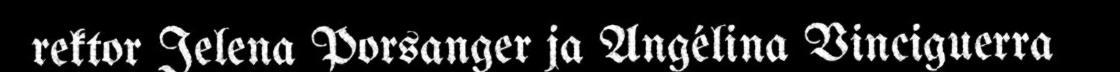
rektor Jelena Porsanger ja Angélina Vinciguerra